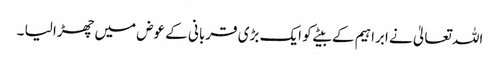
اللہ تعالیٰ نے ابراہیم کے بیٹے کو ایک بڑی قربانی کے عوض میں چھڑا لیا ۔